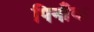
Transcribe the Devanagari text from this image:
पिनाँक